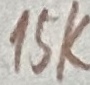
Text: 15K